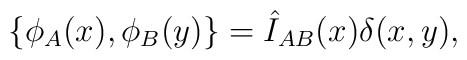
\{\phi_A(x),\phi_B(y)\}=\hat I_{AB}(x)\delta(x,y),